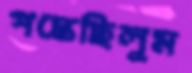
পস্তেছিলুম